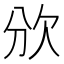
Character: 𣢏